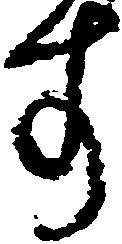
す